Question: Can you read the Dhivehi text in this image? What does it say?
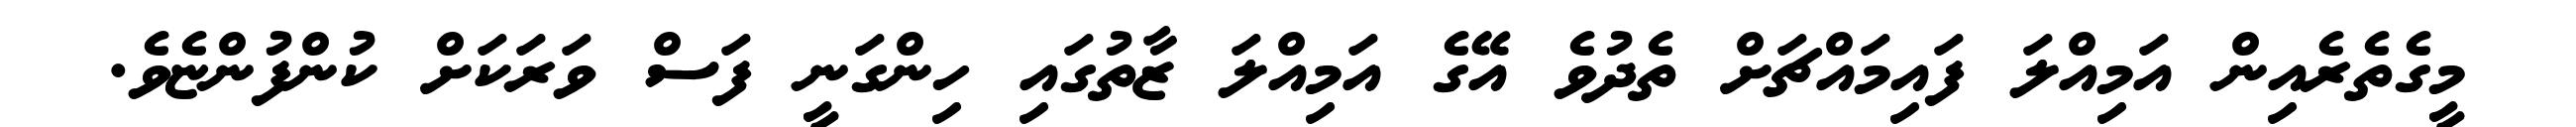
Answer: މީގެތެރެއިން އަމިއްލަ ފައިމައްޗަށް ތެދުވެ އޭގެ އަމިއްލަ ޒާތުގައި ހިންގަނީ ފަސް ވަރަކަށް ކުންފުންޏެވެ.